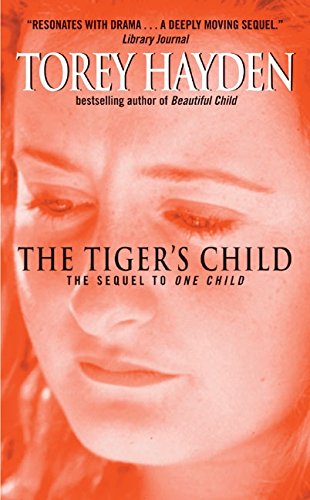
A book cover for The Tiger's Child; Torey Hayden; Biographies & Memoirs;